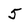
Character: 5